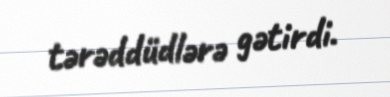
tərəddüdlərə gətirdi.